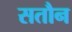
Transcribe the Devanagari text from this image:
सतौन